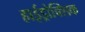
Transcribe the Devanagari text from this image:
हाईड्रोक्सिक